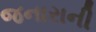
જનારાની